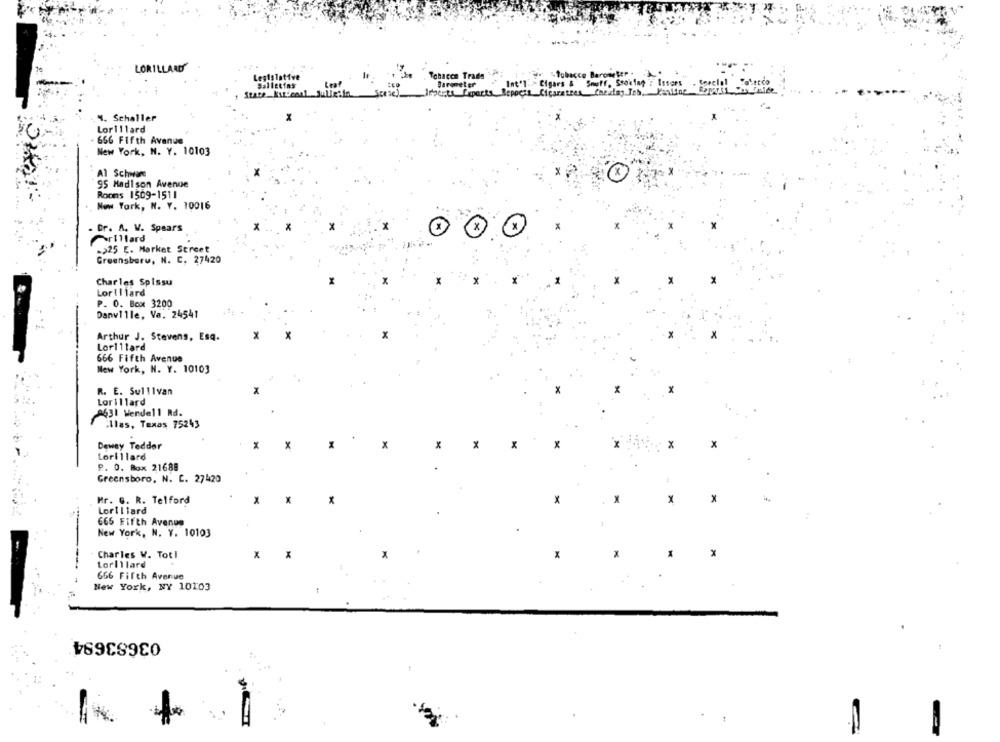
LORILLARDS
Legislative
Tohacen Trads
Salletias
Barmeter
Int'l Cigars & Snuff. Stoking : Issues
State Kut. conl
4. Schaller
Lorillard
. 666 Fifth Avenue
New York, N. Y. 10103
Al Schwane
X
95 Madison Avenue
Rooms 1509-1511
New York, N. Y. 10016
- Br. A. V. Spears
PrIllard
->25 E. Market Street
Greensbaru, N. C. 27420
Charles Spissu
Lorillard
P. O. Box 3200
Danville, Va. 24541
Arthur J. Stevens, Esq.
X
X
Lorillard
666 Fifth Avenue
New York, N. Y. 10103
R. E. Sullivan
Lorillard
2631 Wendell Rd.
llas, Texas 75243
Dewey Tedder
x
x
X
X
X
X
x
x
Lorillard
P. O. Box 21688
Greensboro, N. C. 27420
X
Mr. G. R. Telford
X
X
×
x
Lorillard
666 Fifth Avenue
New York, N. Y. 10103
Charles V. Totl
X
X
Lorillard
666 Fifth Avenue
New York, NY 10103
03683694